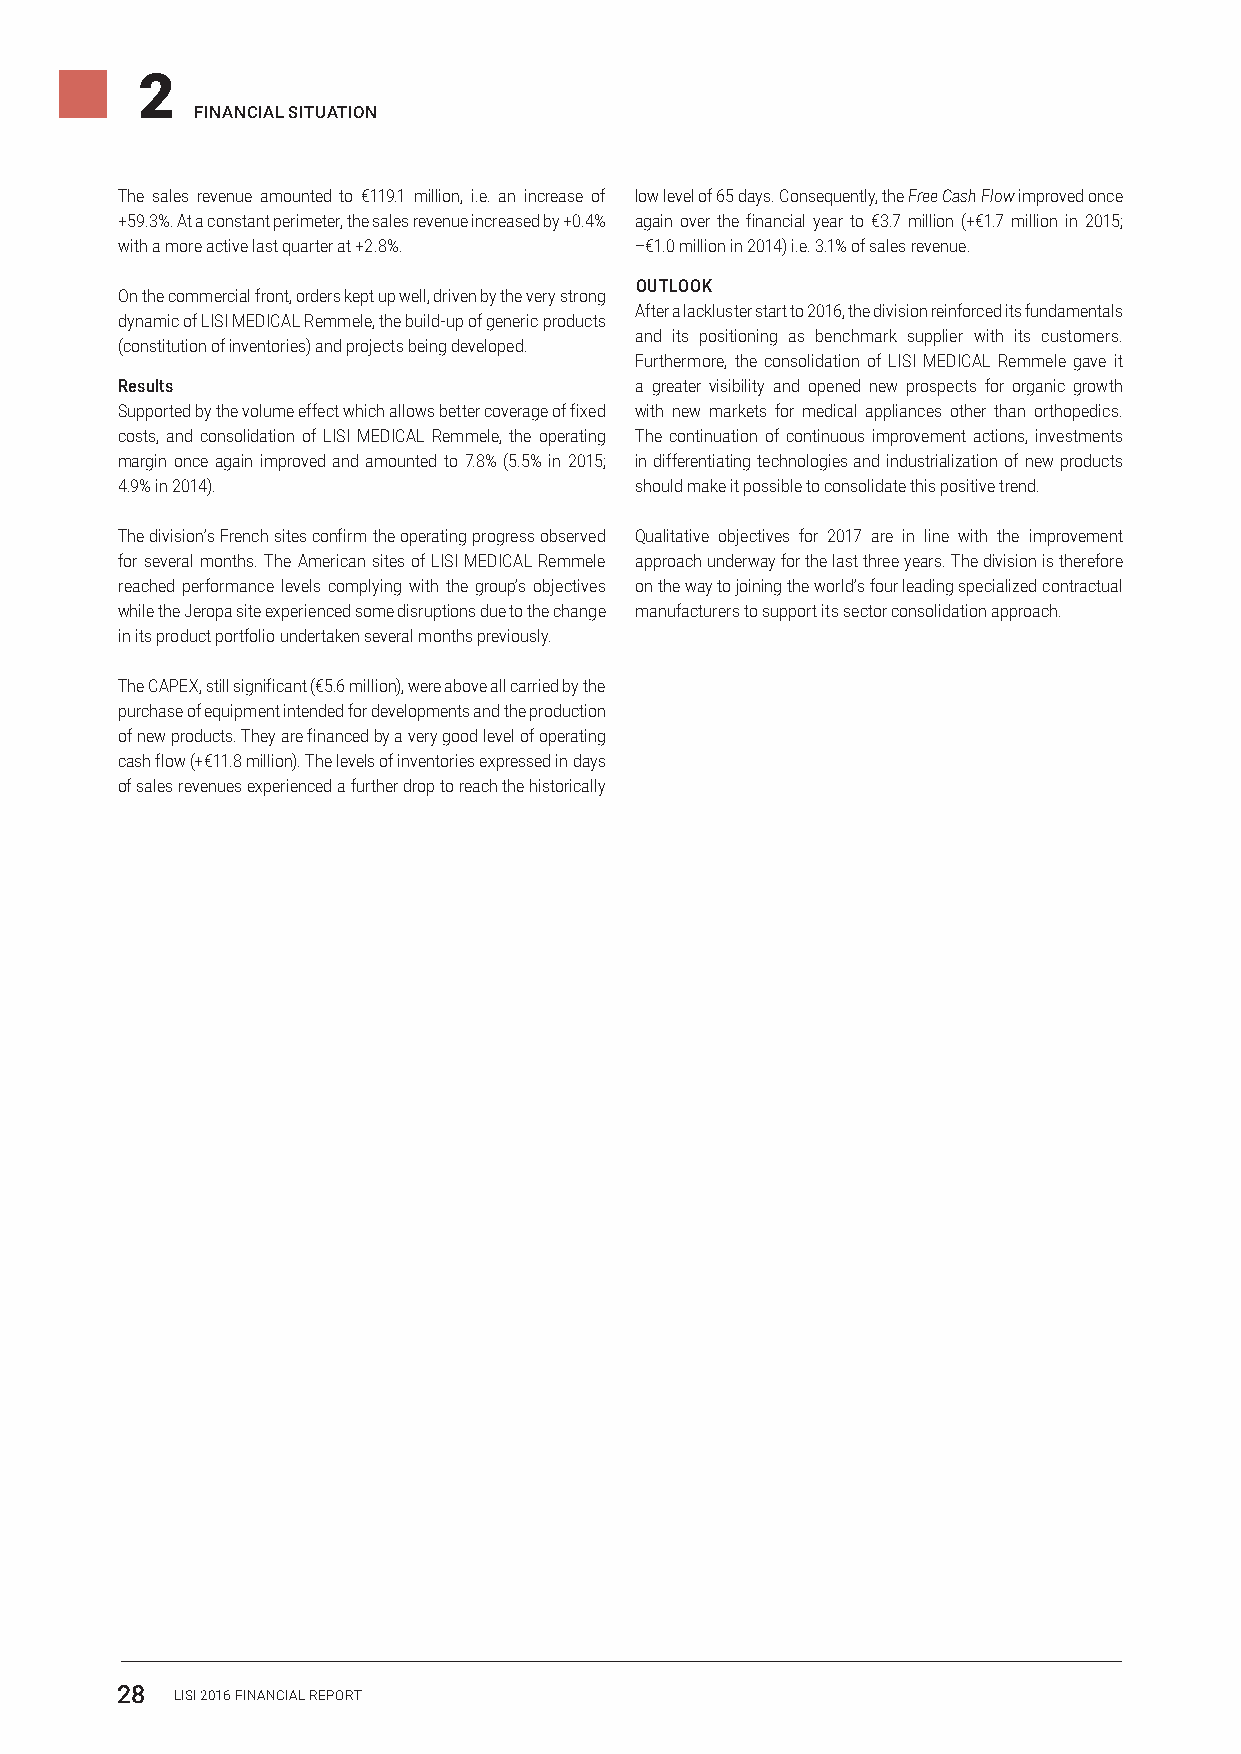
2
 FINANCIAL SITuATION
 The sales revenue amounted to €119.1 million, i.e. an increase of low level of 65 days. Consequently, the Free Cash Flow improved once
 +59.3%. At a constant perimeter, the sales revenue increased by +0.4% again over the financial year to €3.7 million (+€1.7 million in 2015;
 with a more active last quarter at +2.8%. –€1.0 million in 2014) i.e. 3.1% of sales revenue.
 OuTLOOK
 On the commercial front, orders kept up well, driven by the very strong
 After a lackluster start to 2016, the division reinforced its fundamentals
 dynamic of LISI MEDICAL Remmele, the build-up of generic products
 and its positioning as benchmark supplier with its customers.
 (constitution of inventories) and projects being developed.
 Furthermore, the consolidation of LISI MEDICAL Remmele gave it
 Results                           a greater visibility and opened new prospects for organic growth
 Supported by the volume effect which allows better coverage of fixed with new markets for medical appliances other than orthopedics.
 costs, and consolidation of LISI MEDICAL Remmele, the operating The continuation of continuous improvement actions, investments
 margin once again improved and amounted to 7.8% (5.5% in 2015; in differentiating technologies and industrialization of new products
 4.9% in 2014).                    should make it possible to consolidate this positive trend.
 The division’s French sites confirm the operating progress observed Qualitative objectives for 2017 are in line with the improvement
 for several months. The American sites of LISI MEDICAL Remmele approach underway for the last three years. The division is therefore
 reached performance levels complying with the group’s objectives on the way to joining the world’s four leading specialized contractual
 while the Jeropa site experienced some disruptions due to the change manufacturers to support its sector consolidation approach.
 in its product portfolio undertaken several months previously.
 The CAPEX, still significant (€5.6 million), were above all carried by the
 purchase of equipment intended for developments and the production
 of new products. They are financed by a very good level of operating
 cash flow (+€11.8 million). The levels of inventories expressed in days
 of sales revenues experienced a further drop to reach the historically
 28  LISI 2016 FINANCIAL REPORT